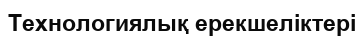
Технологиялық ерекшеліктері